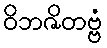
ဝိဘဇိတဗ္ဗံ